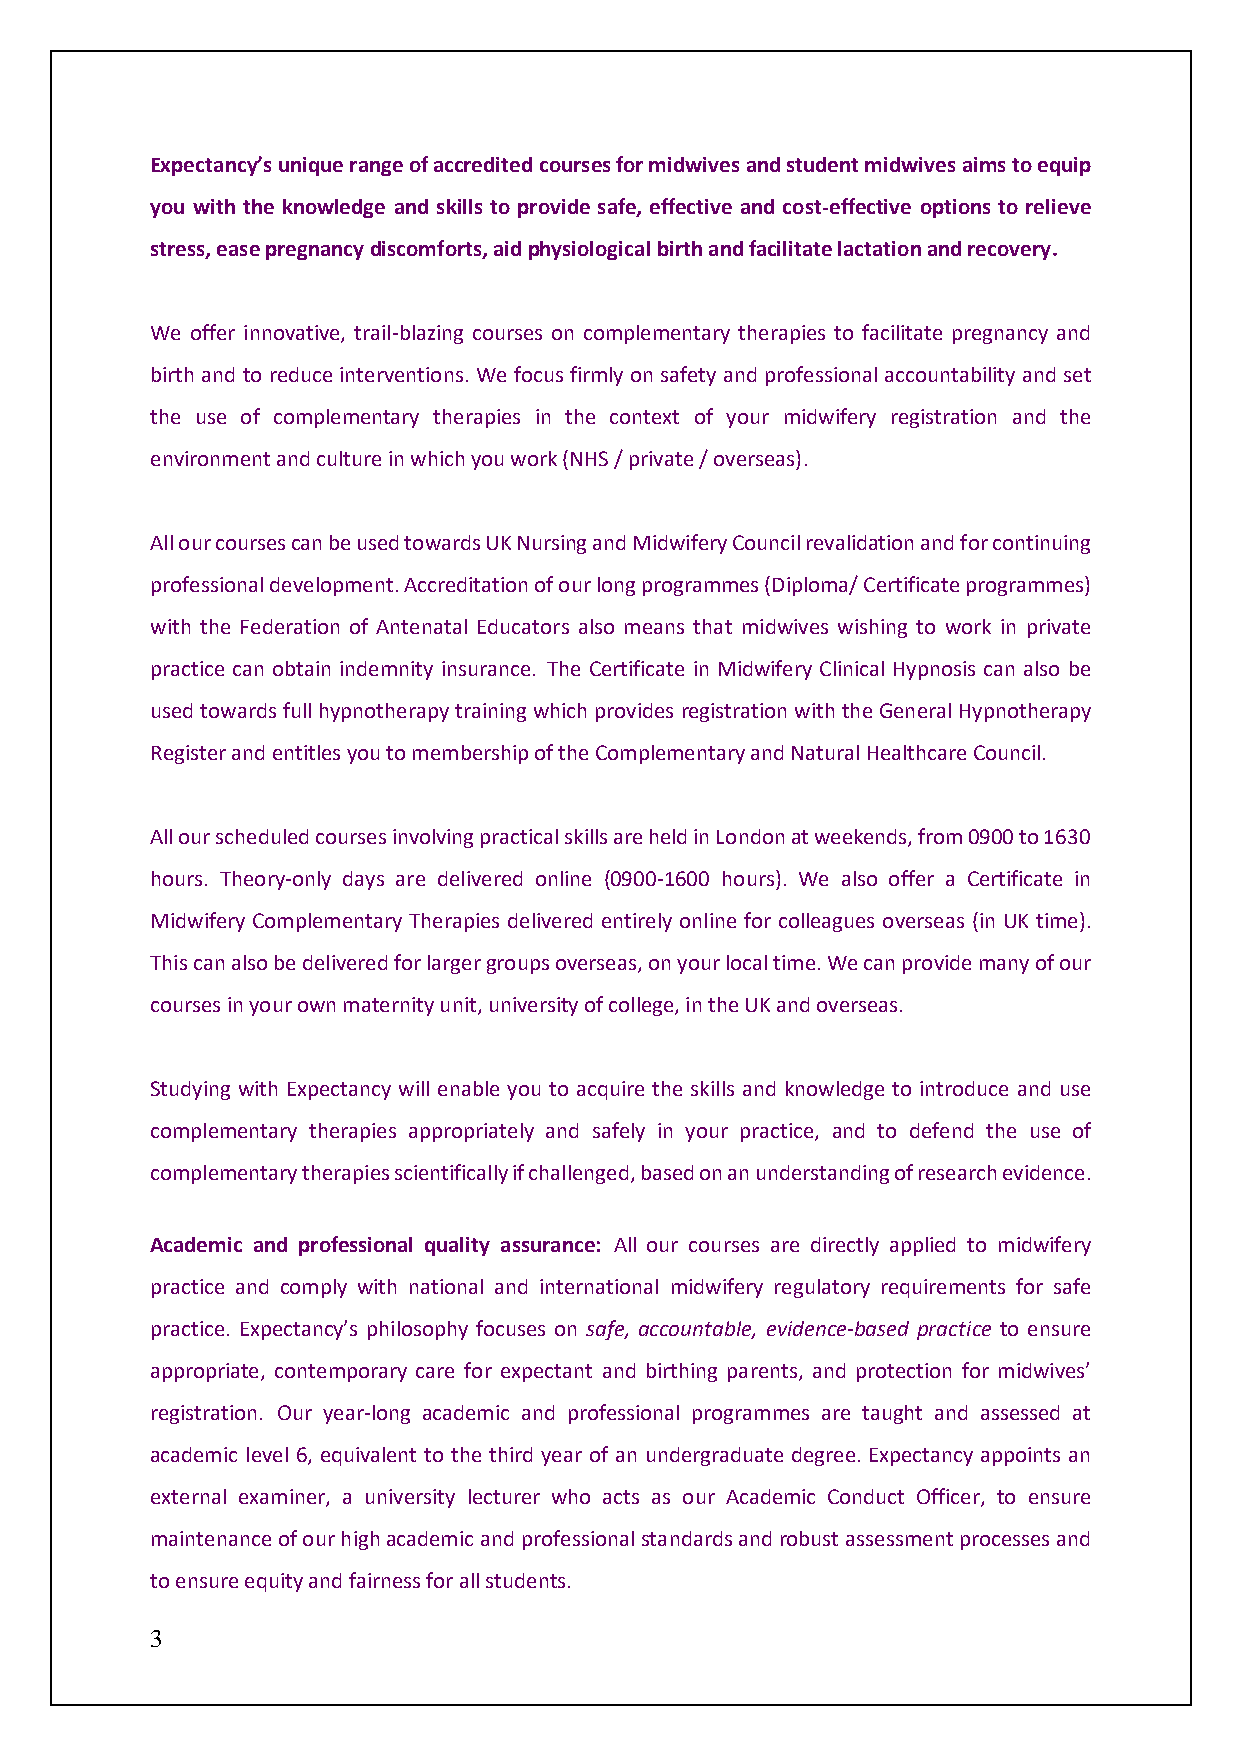
Expectancy’s unique range of accredited courses for midwives and student midwives aims to equip
 you with the knowledge and skills to provide safe, effective and cost-effective options to relieve
 stress, ease pregnancy discomforts, aid physiological birth and facilitate lactation and recovery.
 We offer innovative, trail-blazing courses on complementary therapies to facilitate pregnancy and
 birth and to reduce interventions. We focus firmly on safety and professional accountability and set
 the use of complementary therapies in the context of your midwifery registration and the
 environment and culture in which you work (NHS / private / overseas).
 All our courses can be used towards UK Nursing and Midwifery Council revalidation and for continuing
 professional development. Accreditation of our long programmes (Diploma/ Certificate programmes)
 with the Federation of Antenatal Educators also means that midwives wishing to work in private
 practice can obtain indemnity insurance. The Certificate in Midwifery Clinical Hypnosis can also be
 used towards full hypnotherapy training which provides registration with the General Hypnotherapy
 Register and entitles you to membership of the Complementary and Natural Healthcare Council.
 All our scheduled courses involving practical skills are held in London at weekends, from 0900 to 1630
 hours. Theory-only days are delivered online (0900-1600 hours). We also offer a Certificate in
 Midwifery Complementary Therapies delivered entirely online for colleagues overseas (in UK time).
 This can also be delivered for larger groups overseas, on your local time. We can provide many of our
 courses in your own maternity unit, university of college, in the UK and overseas.
 Studying with Expectancy will enable you to acquire the skills and knowledge to introduce and use
 complementary therapies appropriately and safely in your practice, and to defend the use of
 complementary therapies scientifically if challenged, based on an understanding of research evidence.
 Academic and professional quality assurance: All our courses are directly applied to midwifery
 practice and comply with national and international midwifery regulatory requirements for safe
 practice. Expectancy’s philosophy focuses on safe, accountable, evidence-based practice to ensure
 appropriate, contemporary care for expectant and birthing parents, and protection for midwives’
 registration. Our year-long academic and professional programmes are taught and assessed at
 academic level 6, equivalent to the third year of an undergraduate degree. Expectancy appoints an
 external examiner, a university lecturer who acts as our Academic Conduct Officer, to ensure
 maintenance of our high academic and professional standards and robust assessment processes and
 to ensure equity and fairness for all students.
 3